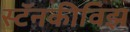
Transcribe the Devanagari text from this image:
स्टॅनकीविझ